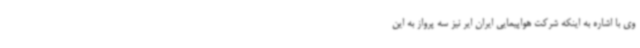
وی با اشاره به اینکه شرکت هواپیمایی ایران ایر نیز سه پرواز به این